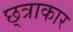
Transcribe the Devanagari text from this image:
छ्त्राकार